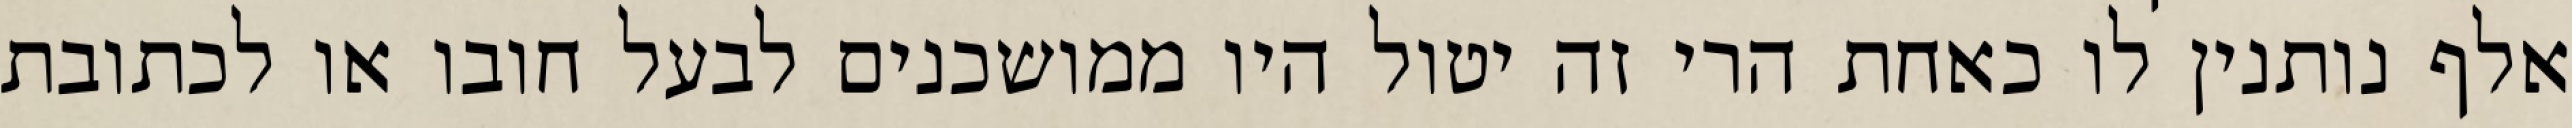
אלף נותנין לו כאחת הרי זה יטול היו ממושכנים לבעל חובו או לכתובת